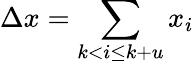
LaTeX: \Delta x=\sum_{k<i\leq k+u}x_{i}